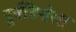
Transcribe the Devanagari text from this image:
पूर्वदिशेला